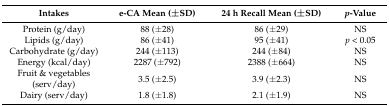
<table><thead><tr><td><b>Intakes</b></td><td><b>e-CA Mean (±SD)</b></td><td><b>24 h Recall Mean (±SD)</b></td><td><b><i>p</i>-Value</b></td></tr></thead><tbody><tr><td>Protein (g/day)</td><td>88 (±28)</td><td>86 (±29)</td><td>NS</td></tr><tr><td>Lipids (g/day)</td><td>86 (±41)</td><td>95 (±41)</td><td><i>p</i> &lt; 0.05</td></tr><tr><td>Carbohydrate (g/day)</td><td>244 (±113)</td><td>244 (±84)</td><td>NS</td></tr><tr><td>Energy (kcal/day)</td><td>2287 (±792)</td><td>2388 (±664)</td><td>NS</td></tr><tr><td>Fruit &amp; vegetables (serv/day)</td><td>3.5 (±2.5)</td><td>3.9 (±2.3)</td><td>NS</td></tr><tr><td>Dairy (serv/day)</td><td>1.8 (±1.8)</td><td>2.1 (±1.9)</td><td>NS</td></tr></tbody></table>